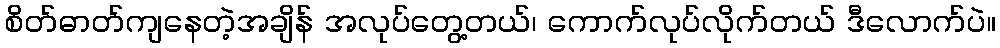
စိတ်ဓာတ်ကျနေတဲ့အချိန် အလုပ်တွေ့တယ်၊ ကောက်လုပ်လိုက်တယ် ဒီလောက်ပဲ။